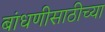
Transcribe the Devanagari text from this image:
बांधणीसाठीच्या